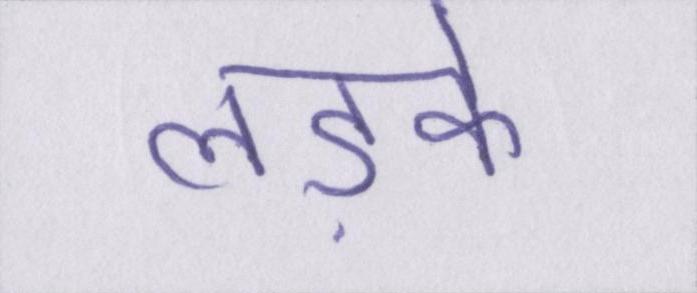
लड़के